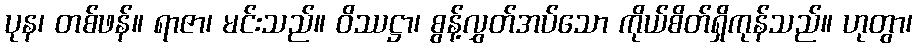
ပုန၊ တစ်ဖန်။ ရာဇာ၊ မင်းသည်။ ဝိဿဋ္ဌာ၊ စွန့်လွှတ်အပ်သော ကိုယ်စိတ်ရှိကုန်သည်။ ဟုတွာ၊